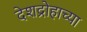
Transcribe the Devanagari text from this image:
देशद्रोहाच्या